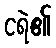
ငရဲ၏